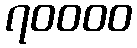
၇၀၀၀၀